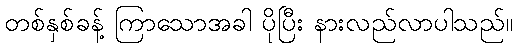
တစ်နှစ်ခန့် ကြာသောအခါ ပိုပြီး နားလည်လာပါသည်။